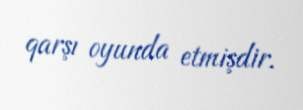
qarşı oyunda etmişdir.